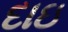
દાઇ